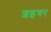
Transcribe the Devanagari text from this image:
शइचर